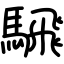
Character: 騛